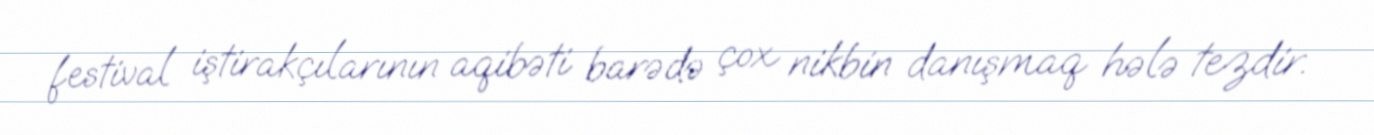
festival iştirakçılarının aqibəti barədə çox nikbin danışmaq hələ tezdir.